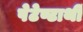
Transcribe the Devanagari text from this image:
पेटेण्टार्थी